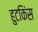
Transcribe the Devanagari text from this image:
हुटकिंस